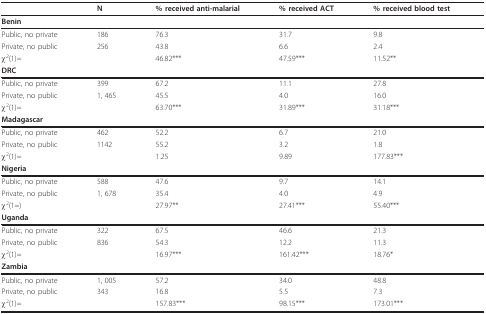
|  | N | % received anti-malarial | % received ACT | % received blood test |
 | --- | --- | --- | --- | --- |
 | Benin |  |  |  |  |
 | Public, no private | 186 | 76.3 | 31.7 | 9.8 |
 | Private, no public | 256 | 43.8 | 6.6 | 2.4 |
 | χ2(1)= |  | 46.82*** | 47.59*** | 11.52** |
 | DRC |  |  |  |  |
 | Public, no private | 399 | 67.2 | 11.1 | 27.8 |
 | Private, no public | 1, 465 | 45.5 | 4.0 | 16.0 |
 | χ2(1)= |  | 63.70*** | 31.89*** | 31.18*** |
 | Madagascar |  |  |  |  |
 | Public, no private | 462 | 52.2 | 6.7 | 21.0 |
 | Private, no public | 1142 | 55.2 | 3.2 | 1.8 |
 | χ2(1)= |  | 1.25 | 9.89 | 177.83*** |
 | Nigeria |  |  |  |  |
 | Public, no private | 588 | 47.6 | 9.7 | 14.1 |
 | Private, no public | 1, 678 | 35.4 | 4.0 | 4.9 |
 | χ2(1=) |  | 27.97** | 27.41*** | 55.40*** |
 | Uganda |  |  |  |  |
 | Public, no private | 322 | 67.5 | 46.6 | 21.3 |
 | Private, no public | 836 | 54.3 | 12.2 | 11.3 |
 | χ2(1)= |  | 16.97*** | 161.42*** | 18.76* |
 | Zambia |  |  |  |  |
 | Public, no private | 1, 005 | 57.2 | 34.0 | 48.8 |
 | Private, no public | 343 | 16.8 | 5.5 | 7.3 |
 | χ2(1)= |  | 157.83*** | 98.15*** | 173.01*** |